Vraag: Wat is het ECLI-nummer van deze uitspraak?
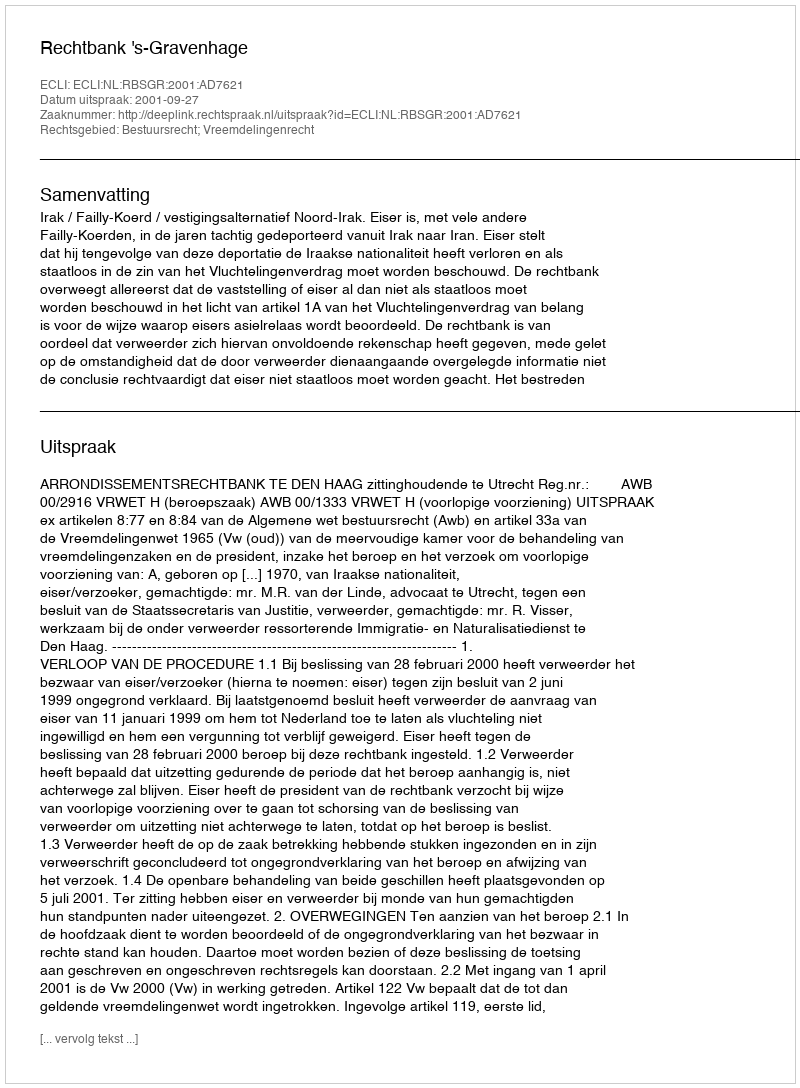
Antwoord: ECLI:NL:RBSGR:2001:AD7621